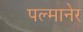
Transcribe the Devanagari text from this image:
पल्मानेर